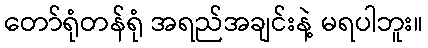
တော်ရုံတန်ရုံ အရည်အချင်းနဲ့ မရပါဘူး။